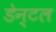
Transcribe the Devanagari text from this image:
डेन्टल